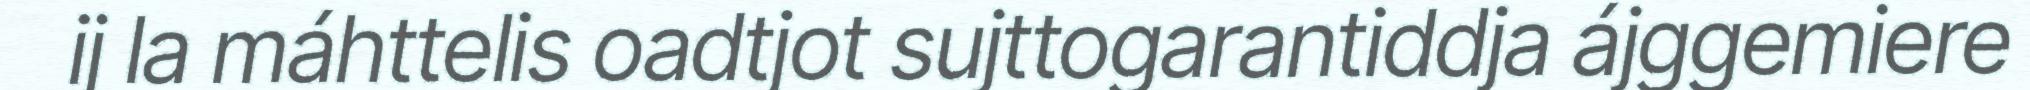
ij la máhttelis oadtjot sujttogarantiddja ájggemiere